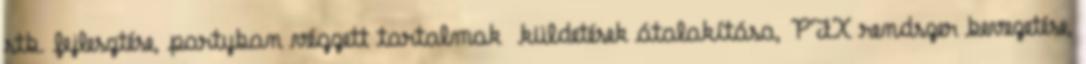
stb. fejlesztése, partyban végzett tartalmak küldetések átalakítása, PFX rendszer bevezetése,